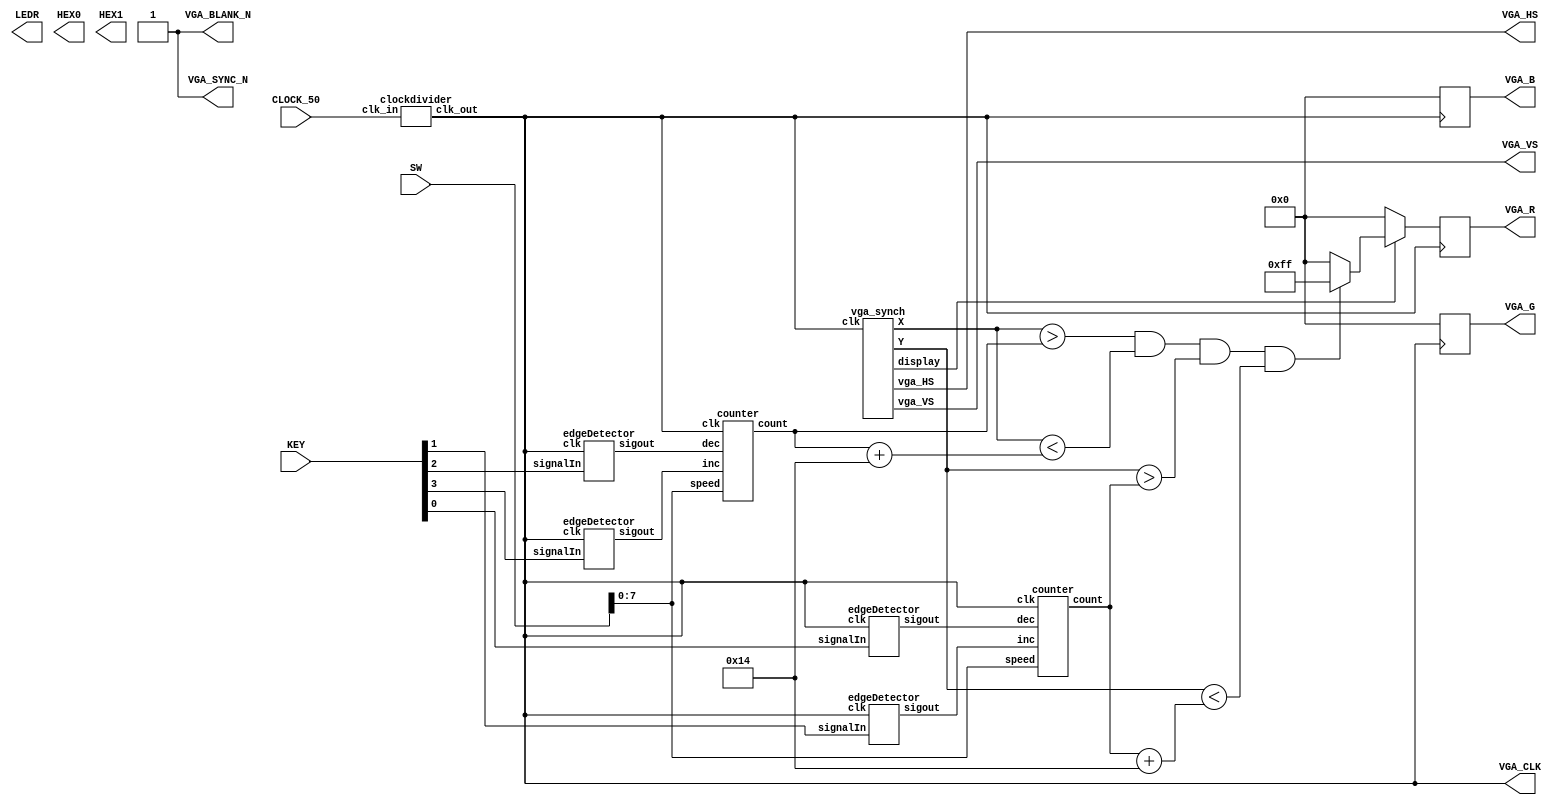

module pong_hardware(
	input [9:0] SW,
	input [3:0] KEY,
	input CLOCK_50,
	output [9:0] LEDR,
	output [6:0] HEX0,
	output [6:0] HEX1,
	output VGA_HS,
	output VGA_VS,
	output [7:0] VGA_R,
	output [7:0] VGA_G,
	output [7:0] VGA_B,
	output VGA_BLANK_N,
	output VGA_SYNC_N,
	output VGA_CLK
);
	wire clk;
	clockdivider div(CLOCK_50,clk);
	
	wire up,down,left,right; // wires for directions
	wire [9:0] posY,posX; // busses for position
	
	// edge detectors for inputs
	edgeDetector key_up(.clk(clk),.signalIn(KEY[0]),.sigout(up));
	edgeDetector key_down(.clk(clk),.signalIn(KEY[1]),.sigout(down));
	edgeDetector key_left(.clk(clk),.signalIn(KEY[2]),.sigout(left));
	edgeDetector key_right(.clk(clk),.signalIn(KEY[3]),.sigout(right));
	
	// counter for up,down,left,right
	counter vy(.clk(clk),.dec(up),.inc(down),.count(posY),.speed(SW[7:0]));
	counter vx(.clk(clk),.dec(left),.inc(right),.count(posX),.speed(SW[7:0]));
	
	// graphics
	assign VGA_CLK=clk;
	assign VGA_BLANK_N=1'b1;
	assign VGA_SYNC_N=1'b1;
	wire isdisplay;
	wire [9:0] drawX,drawY;
	vga_synch synchGen(.vga_HS(VGA_HS),.vga_VS(VGA_VS),.X(drawX),.Y(drawY),.clk(clk),.display(isdisplay));
	
	// registers for colors
	reg [7:0] red,blue,green;
	assign VGA_R=red;
	assign VGA_B=blue;
	assign VGA_G=green;
	
	//sizeX and sizeY for block
	reg [5:0] sizeX=20;
	reg [5:0] sizeY=20;
	
	always @(posedge clk) begin
		if(isdisplay) begin
			if(drawX > posX && drawX < posX + sizeX && drawY > posY && drawY < posY + sizeY) begin
				red <= 8'hff;
				blue <= 8'h00;
				green <= 8'h00;
			end else begin
				red <= 8'h00;
				blue <= 8'h00;
				green <= 8'h00;
			end
		end else begin
			red <= 8'h00;
			blue <= 8'h00;
			green <= 8'h00;
		end
	end
	
endmodule

module edgeDetector(
	input clk,
	input signalIn,
	output sigout
);
//	wire dff_out;
//	lab_DFF holdflag(.clock(clk),.data(signalIn),.Q(dff_out),.reset(1'b0),.preset(1'b0));
//	assign sigout=~dff_out&signalIn;
	
	reg flag;
	assign sigout=~signalIn&flag;
	
	always @(posedge clk) begin
		flag <= signalIn;
	end
	
endmodule

module counter(
	input clk,
	input dec,
	input inc,
	input [7:0] speed,
	output reg [9:0] count
);

	wire triger=dec|inc;

	always @(posedge clk) begin
		if(inc) begin
			count <= count + speed;
		end else if(dec) begin
			count <= count - speed;
		end
	end

endmodule

module clockdivider(
	input clk_in,
	output clk_out
);

	reg dat;
	assign clk_out=dat;
	
	always @(posedge clk_in) begin
		dat <= ~dat;
	end

endmodule


module vga_synch(
	output reg vga_HS,
	output reg vga_VS,
	output reg [9:0] X,
	output reg [9:0] Y,
	output reg display,
	output  [9:0] counterX,
	output  [9:0] counterY,
	input clk
);

	// parameter is the same word as const
   // horizontal values 
	parameter hz_color_scan=640;
	parameter hz_frount_porch=16;
	parameter hz_synch_pulse=96;
	parameter hz_back_porch=48;
	parameter hz_scan_width=800;
	
	// verticle lines 
	parameter ve_color_scan=480;
	parameter ve_frount_porch=10;
	parameter ve_synch_pulse=2;
	parameter ve_back_porch=33;
	parameter ve_scan_height=525;
	
	// registers for holding the vga cordents of the screen we're currently wring to
	reg [9:0] posVe,posHz;
	assign counterX=posHz;
	assign counterY=posVe;
	

	// generate the horizontal and verticle synch signals
	always @(posedge clk) begin
		if(posHz < hz_scan_width) begin
			posHz <= posHz + 1;
		end else begin // we've reached the end of a verticle scan line
			posHz <= 0;
			
			if(posVe < ve_scan_height) begin
				posVe <= posVe + 1;
			end else begin
				posVe <= 0;
			end
			
		end
		
		// generate the vs and hs signals
	
		// horizontal pulse 
		if(posHz > hz_frount_porch && posHz < (hz_frount_porch+hz_synch_pulse)) begin
			vga_HS <= 1'b0;
		end else begin
			vga_HS <= 1'b1;
		end
		
		// verticle pulse 
		if(posVe > ve_frount_porch && posVe < (ve_frount_porch+ve_synch_pulse)) begin
			vga_VS <= 1'b0;
		end else begin
			vga_VS <= 1'b1;
		end
		
		// set display to true when we're in the color scan region of the horizontal pulse 
		if((posHz > (hz_frount_porch + hz_synch_pulse + hz_back_porch))) begin //&& (posVe > (ve_frount_porch + ve_synch_pulse + ve_back_porch))) begin
				display <= 1'b1;
				X <= posHz - (hz_frount_porch + hz_synch_pulse + hz_back_porch -1);
				Y <= posVe - (ve_frount_porch + ve_synch_pulse + ve_back_porch -1);
			
		end else begin
				display <= 1'b0;
				X <= 0;
				Y <= 0;
		end
		
	end
	
endmodule